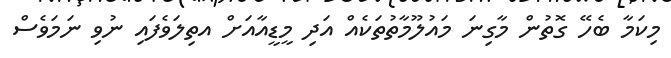
މިކަމާ ބެހޭ ގޮތުން މާގިނަ މައުލޫމާތުތަކެއް އަދި މީޑީއާއަށް އތިލަވެފައި ނުވި ނަމަވެސް